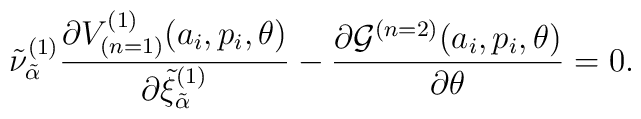
{\tilde\nu}^{(1)}_{\tilde\alpha}\frac{\partial V_{(n=1)}^{(1)}(a_i,p_i,\theta)}{\partial{\tilde\xi}^{(1)}_{\tilde\alpha}} - \frac{\partial{\cal G}^{(n=2)}(a_i,p_i,\theta)}{\partial\theta} = 0.